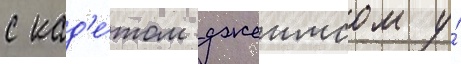
с кад'е́том джеимсом у́